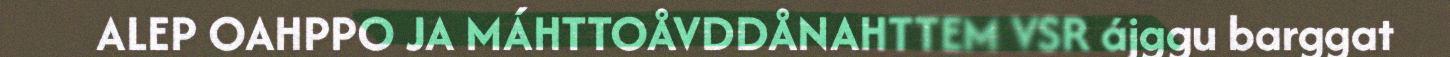
ALEP OAHPPO JA MÁHTTOÅVDDÅNAHTTEM VSR ájggu barggat